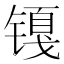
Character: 𲈖